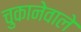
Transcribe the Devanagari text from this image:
चुकानेवाले